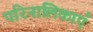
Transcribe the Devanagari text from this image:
परिनालिकाएँ